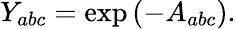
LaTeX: Y_{abc}=\exp\left(-A_{abc}\right).